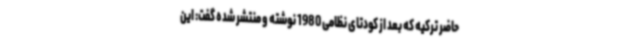
حاضر ترکیه که بعد از کودتای نظامی 1980 نوشته و منتشر شده گفت: این